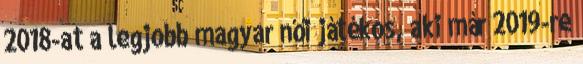
2018-at a legjobb magyar női játékos, aki már 2019-re